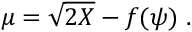
\mu = \sqrt { 2 X } - f ( \psi ) ~ .